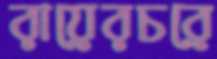
রায়েরচরে